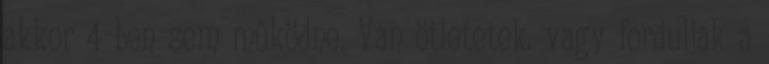
akkor 4-ben sem működne. Van ötletetek. vagy forduljak a